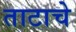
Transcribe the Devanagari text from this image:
ताटाचे